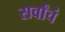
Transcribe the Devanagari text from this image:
सर्वांचं